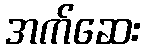
အက်ဆေး